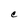
Character: C